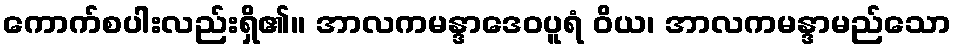
ကောက်စပါးလည်းရှိ၏။ အာလကမန္ဒာဒေဝပူရံ ဝိယ၊ အာလကမန္ဒာမည်သော